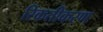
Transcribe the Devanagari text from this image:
रिकतीकरण